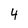
Character: 4